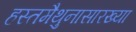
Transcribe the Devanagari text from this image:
हस्तमैथुनासारख्या